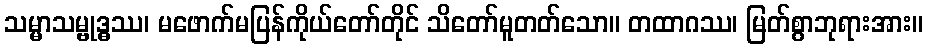
သမ္မာသမ္ဗုဒ္ဓဿ၊ မဖောက်မပြန်ကိုယ်တော်တိုင် သိတော်မူတတ်သော။ တထာဂဿ၊ မြတ်စွာဘုရားအား။